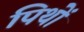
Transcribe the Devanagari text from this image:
पिथों